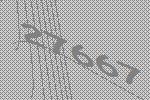
27667